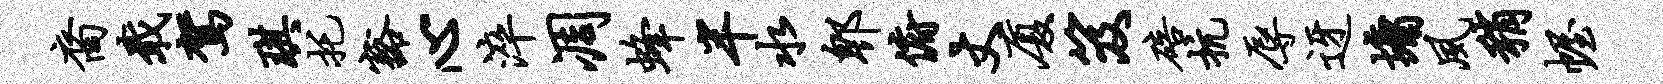
裔戢驾琪托豁心淬凋蜂半水郫俯丈厦笈碚抗辱迓墉夙稍幄